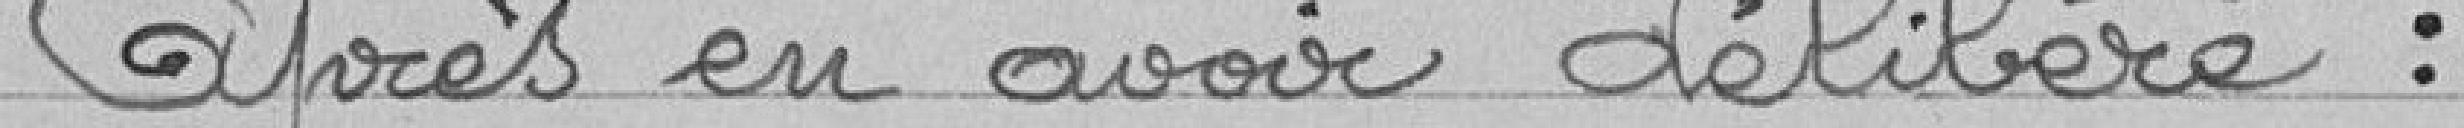
Après en avoir délibéré :